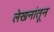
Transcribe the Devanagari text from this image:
लेखनांतून